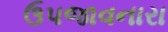
ઉપજાવનારા